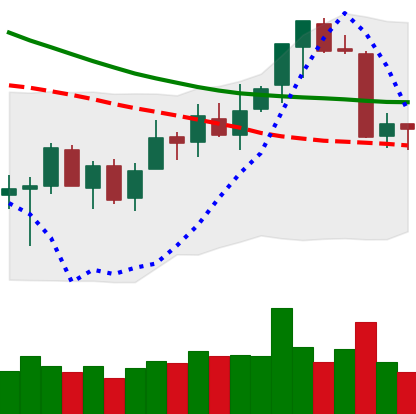
Ticker: ETC-USD
Chart end date: 2018-07-12
Forward return: 9.903%
Label: up_7plus